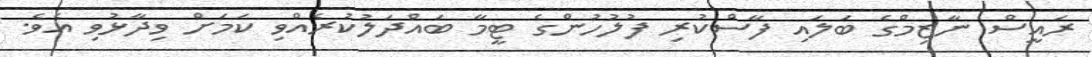
ރައީސް ނާޒިމްގެ ބަލައި ފާސްކުރި ފުލުހުންގެ ޓީމާ ބައްދަލުކުރެއްވި ކަމަށް ވިދާޅުވި އެވެ.